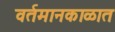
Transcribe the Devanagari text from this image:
वर्तमानकाळात